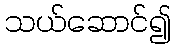
သယ်ဆောင်၍